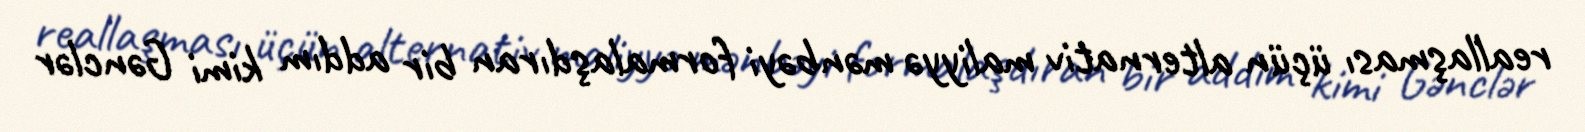
reallaşması üçün alternativ maliyyə mənbəyi formalaşdıran bir addım kimi Gənclər